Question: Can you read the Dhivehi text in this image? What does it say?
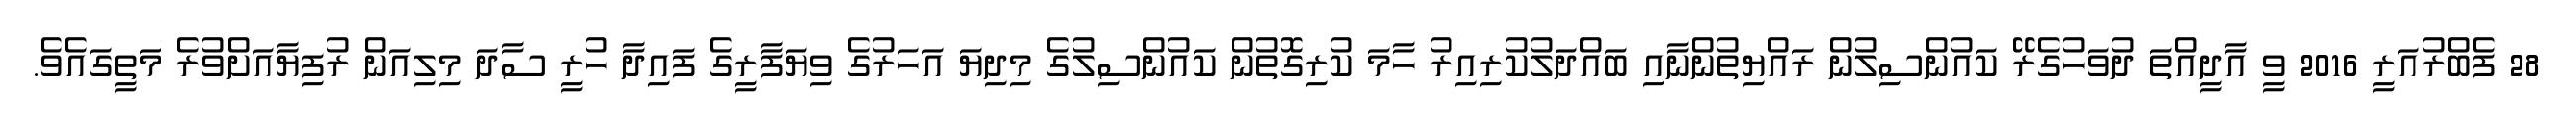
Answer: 28 ފެބްރުއަރީ 2016 ވީ އާދީއްތަ ދުވަހުގެރޭ ކައުންސިލުން ރައްޔިތުންނާއި ބައްދަލުކުރިއިރު ހާމަ ކުރިގޮތުން ކައުންސިލުގެ މިދިޔަ އަހަރުގެ ވިޔަފާރީގެ ފައިދާ ހުރީ ސާދަ މިލިއަން ރުފިޔާއަށްވުރެ މަތީގައެވެ.